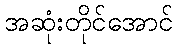
အဆုံးတိုင်အောင်